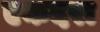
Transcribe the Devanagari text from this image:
एकदरा